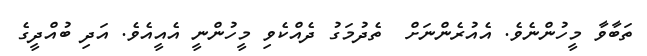
ތަބާވާ މީހުންނެވެ. އެއުރެންނަށް  ތެދުމަގު ދެއްކެވި މީހުންނީ އެއީއެވެ. އަދި ބުއްދީގެ